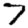
Digit: 7